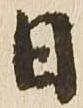
日